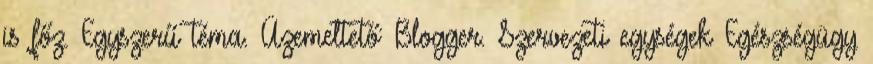
is főz. Egyszerű téma. Üzemeltető: Blogger. Szervezeti egységek Egészségügy